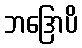
ဘဒြောပိ